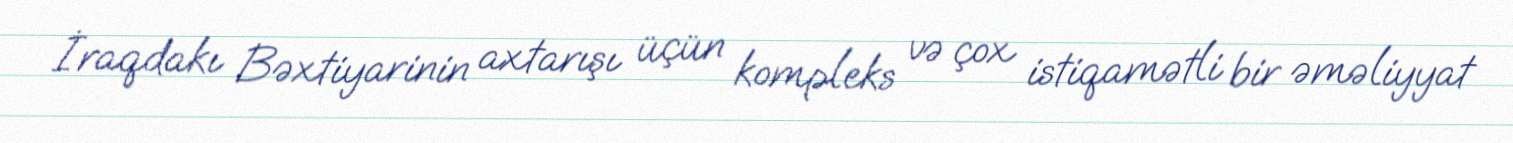
İraqdakı Bəxtiyarinin axtarışı üçün kompleks və çox istiqamətli bir əməliyyat